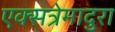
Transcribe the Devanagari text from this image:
एक्सत्रेमादुरा